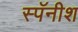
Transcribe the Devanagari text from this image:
स्पॅनीश